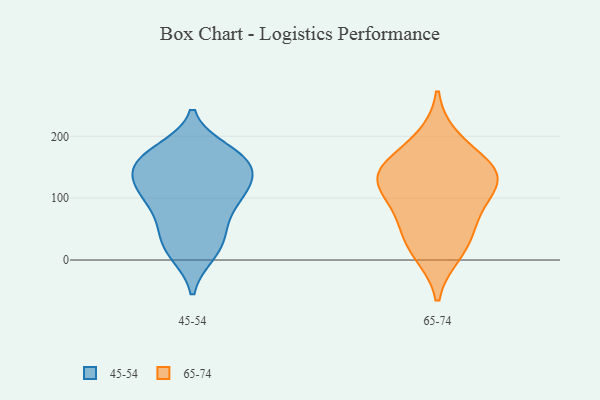
{"axis": {"x": "Active Users", "y": "Value"}, "legend": ["45-54", "65-74"], "data": [{"x": "", "y": 158, "type": "45-54"}, {"x": "", "y": 177, "type": "45-54"}, {"x": "", "y": 117, "type": "45-54"}, {"x": "", "y": 142, "type": "45-54"}, {"x": "", "y": 38, "type": "45-54"}, {"x": "", "y": 117, "type": "45-54"}, {"x": "", "y": 31, "type": "45-54"}, {"x": "", "y": 62, "type": "45-54"}, {"x": "", "y": 69, "type": "45-54"}, {"x": "", "y": 160, "type": "45-54"}, {"x": "", "y": 100, "type": "45-54"}, {"x": "", "y": 168, "type": "45-54"}, {"x": "", "y": 156, "type": "45-54"}, {"x": "", "y": 172, "type": "45-54"}, {"x": "", "y": 134, "type": "45-54"}, {"x": "", "y": 10, "type": "45-54"}, {"x": "", "y": 105, "type": "45-54"}, {"x": "", "y": 106, "type": "45-54"}, {"x": "", "y": 10, "type": "45-54"}, {"x": "", "y": 85, "type": "65-74"}, {"x": "", "y": 116, "type": "65-74"}, {"x": "", "y": 195, "type": "65-74"}, {"x": "", "y": 29, "type": "65-74"}, {"x": "", "y": 148, "type": "65-74"}, {"x": "", "y": 62, "type": "65-74"}, {"x": "", "y": 138, "type": "65-74"}, {"x": "", "y": 12, "type": "65-74"}, {"x": "", "y": 136, "type": "65-74"}, {"x": "", "y": 141, "type": "65-74"}]}